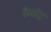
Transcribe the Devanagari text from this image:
कैकोट